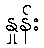
နှုန်း